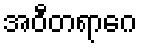
အဝီတရာဂေ